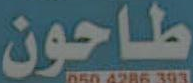
طاحون